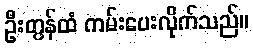
ဦးတွန်ထံ ကမ်းပေးလိုက်သည်။